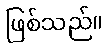
ဖြစ်သည်။